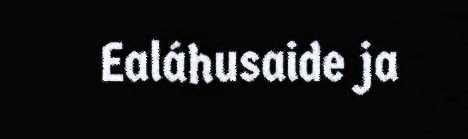
Ealáhusaide ja